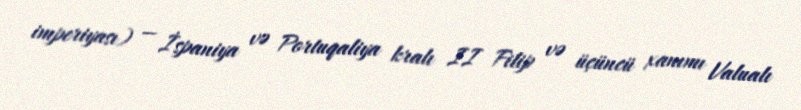
imperiyası) — İspaniya və Portuqaliya kralı II Filip və üçüncü xanımı Valualı